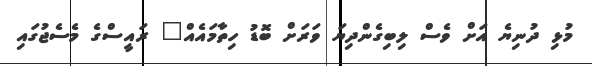
މުޅި ދުނިޔެ އަށް ވެސް ލިބިގެންދިޔަ ވަރަށް ބޮޑު ހިތާމައެއް" ރައީސްގެ މެސެޖުގައި